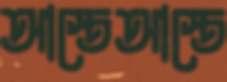
আস্তেআস্তে